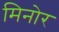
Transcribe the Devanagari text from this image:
मिनोर